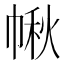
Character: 𢃸